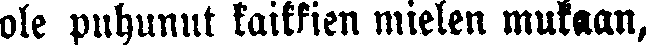
ok puhunut kaikkien mielen mukaan,